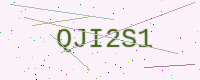
Text: QJI2S1